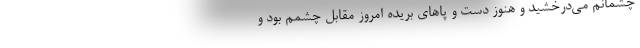
چشمانم می‌درخشید و هنوز دست و پاهای بریده امروز مقابل چشمم بود و